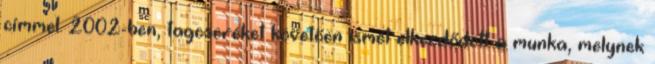
címmel. 2002-ben, tagcseréket követően ismét elkezdődött a munka, melynek